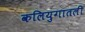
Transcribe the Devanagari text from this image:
कलियुगातली